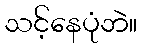
သင့်နေပုံဘဲ။